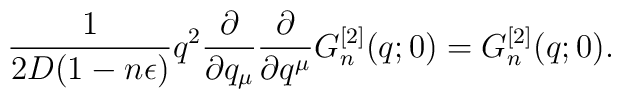
\frac{1}{2D(1-n\epsilon)}q^2\frac{\partial}{\partial q_\mu}\frac{\partial}{\partial q^\mu}G^{[2]}_n(q;0)=G^{[2]}_n(q;0).